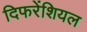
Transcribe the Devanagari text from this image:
दिफरेंशियल